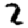
Digit: 2